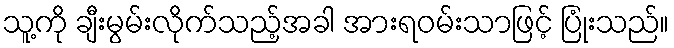
သူ့ကို ချီးမွမ်းလိုက်သည့်အခါ အားရဝမ်းသာဖြင့် ပြုံးသည်။